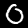
Label: 0